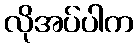
လိုအပ်ပါက